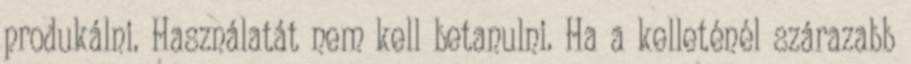
produkálni. Használatát nem kell betanulni. Ha a kelleténél szárazabb